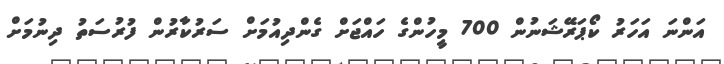
އަންނަ އަހަރު ކޯޕަރޭޝަނުން 700 މީހުންގެ ހައްޖަށް ގެންދިއުމަށް ސަރުކާރުން ފުރުސަތު ދިނުމަށް